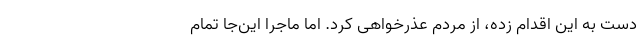
دست به این اقدام زده، از مردم عذرخواهی کرد. اما ماجرا این‌جا تمام